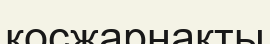
қосжарнақты